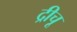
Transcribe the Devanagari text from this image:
द्रीचू